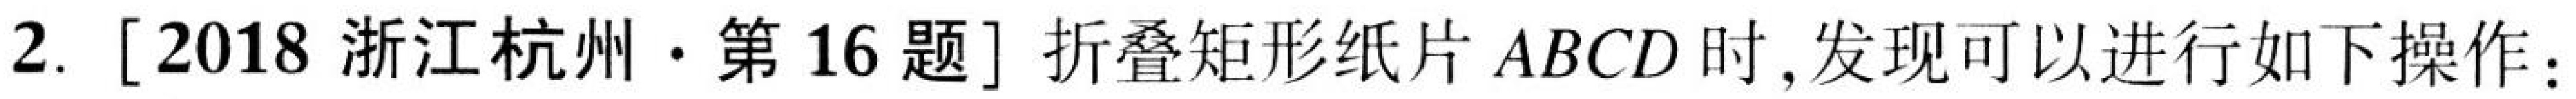
2. [2018 浙江杭州·第16题] 折叠矩形纸片 \(ABCD\) 时,发现可以进行如下操作: